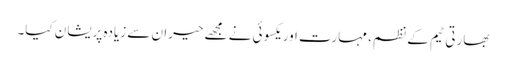
بھارتی ٹیم کے نظم، مہارت اور یکسوئی نے مجھے حیران سے زیادہ پریشان کیا۔